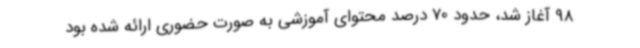
98 آغاز شد، حدود 70 درصد محتوای آموزشی به صورت حضوری ارائه شده بود